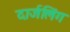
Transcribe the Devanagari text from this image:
दार्जलिंग